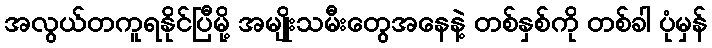
အလွယ်တကူရနိုင်ပြီမို့ အမျိုးသမီးတွေအနေနဲ့ တစ်နှစ်ကို တစ်ခါ ပုံမှန်